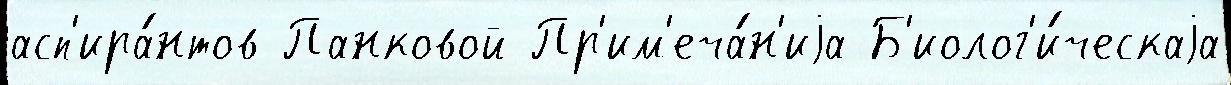
асп'ира́нтов Панковой Пр'им'еча́н'иjа Б'иолог'и́ческаjа